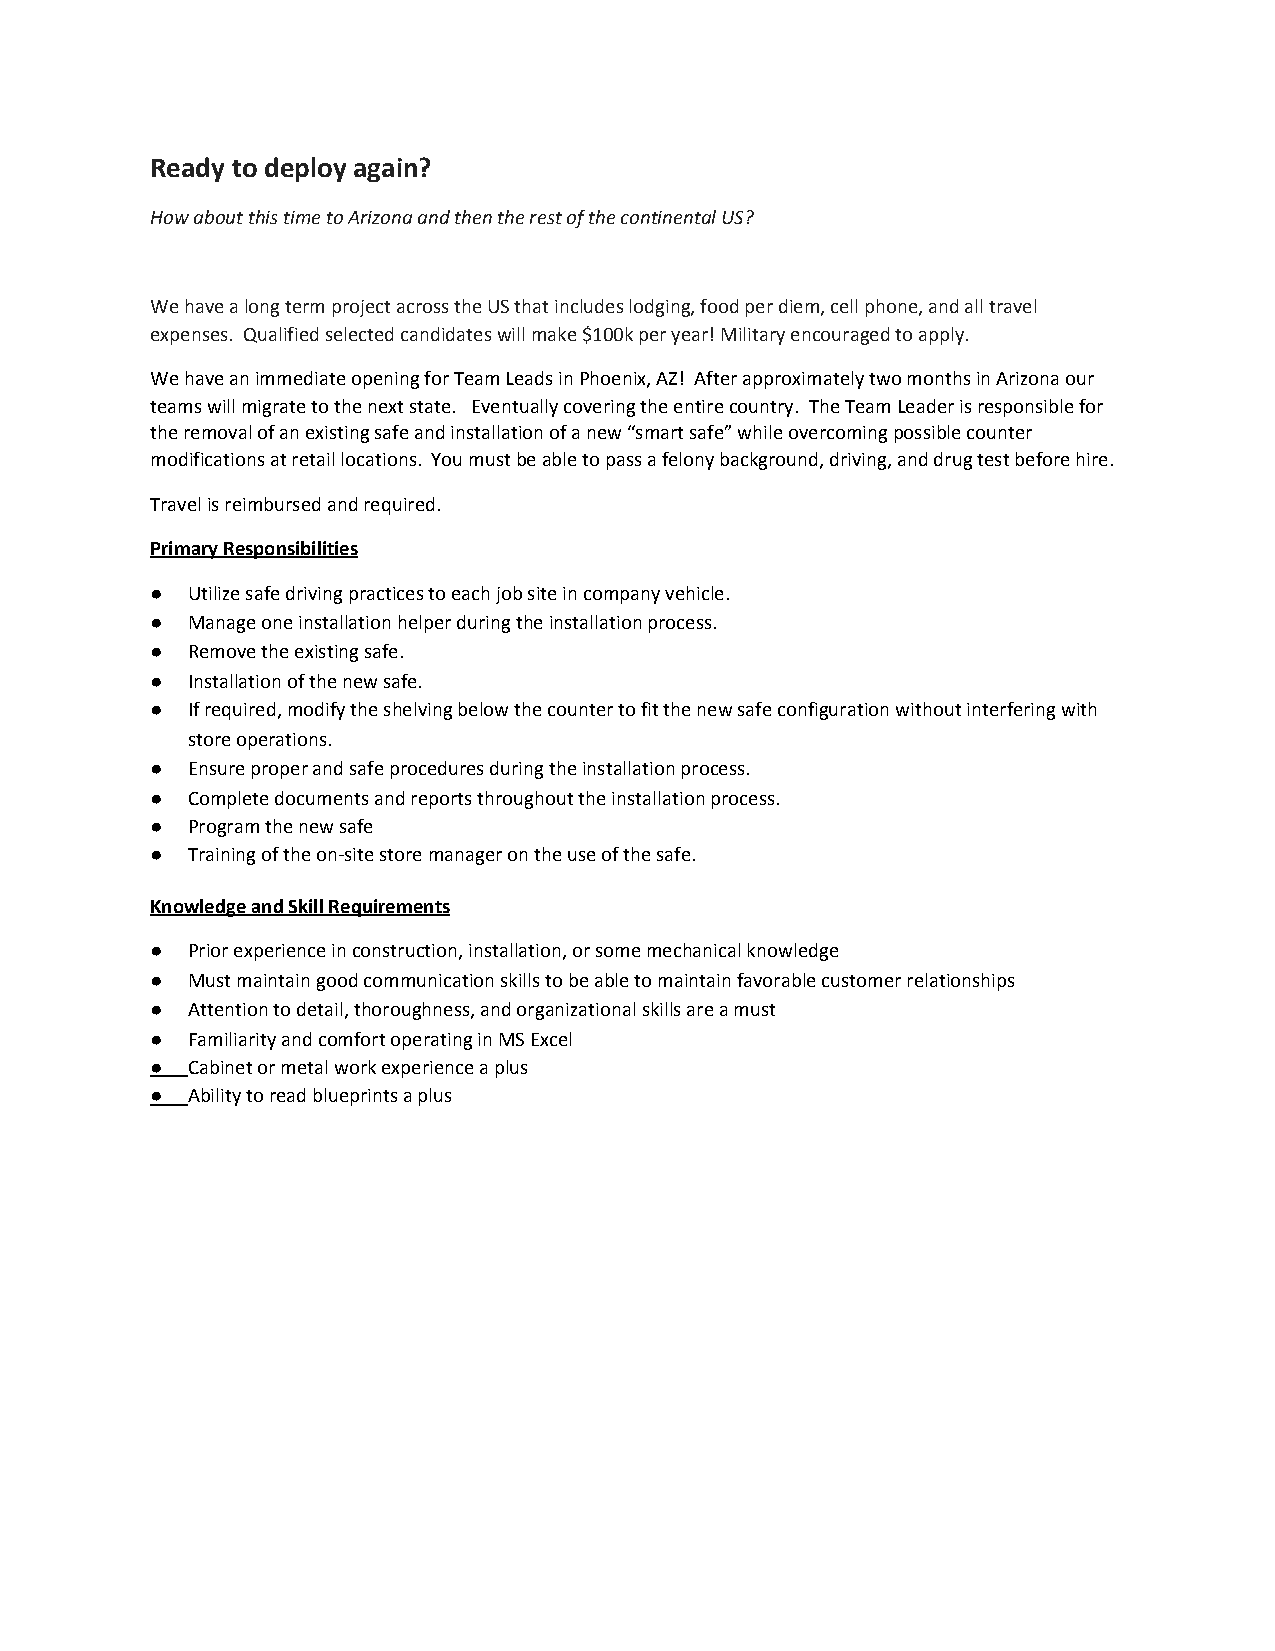
Ready to deploy again?
 How about this time to Arizona and then the rest of the continental US?
 We have a long term project across the US that includes lodging, food per diem, cell phone, and all travel
 expenses. Qualified selected candidates will make $100k per year! Military encouraged to apply.
 We have an immediate opening for Team Leads in Phoenix, AZ! After approximately two months in Arizona our
 teams will migrate to the next state. Eventually covering the entire country. The Team Leader is responsible for
 the removal of an existing safe and installation of a new “smart safe” while overcoming possible counter
 modifications at retail locations. You must be able to pass a felony background, driving, and drug test before hire.
 Travel is reimbursed and required.
 Primary Responsibilities
 ● Utilize safe driving practices to each job site in company vehicle.
 ● Manage one installation helper during the installation process.
 ● Remove the existing safe.
 ● Installation of the new safe.
 ● If required, modify the shelving below the counter to fit the new safe configuration without interfering with
 store operations.
 ● Ensure proper and safe procedures during the installation process.
 ● Complete documents and reports throughout the installation process.
 ● Program the new safe
 ● Training of the on-site store manager on the use of the safe.
 Knowledge and Skill Requirements
 ● Prior experience in construction, installation, or some mechanical knowledge
 ● Must maintain good communication skills to be able to maintain favorable customer relationships
 ● Attention to detail, thoroughness, and organizational skills are a must
 ● Familiarity and comfort operating in MS Excel
 ● Cabinet or metal work experience a plus
 ● Ability to read blueprints a plus